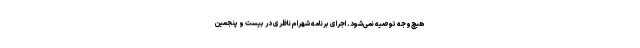
هیچ‌وجه توصیه نمی‌شود. اجرای برنامه شهرام ناظری در بیست و پنجمین